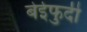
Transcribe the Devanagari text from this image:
बेईफुदी